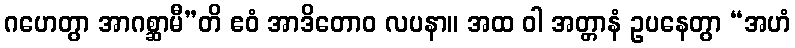
ဂဟေတွာ အာဂစ္ဆာမီ”တိ ဧဝံ အာဒိတောဝ လပနာ။ အထ ဝါ အတ္တာနံ ဥပနေတွာ “အဟံ